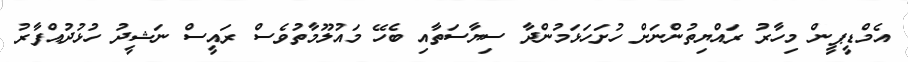
އެމްޑީޕީން މިހާރު ރައްޔިތުންނަށް ހުށަހަޅަމުންދާ ސިޔާސަތާއި ބެހޭ މައުލޫމާތުވެސް ރައީސް ނަޝީދު ހުޅުދުއްފާރު